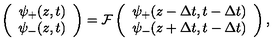
\left( \begin{array} { c } { \psi _ { + } ( z , t ) } \\ { \psi _ { - } ( z , t ) } \\ \end{array} \right) = \mathcal { F } \left( \begin{array} { c } { \psi _ { + } ( z - \Delta t , t - \Delta t ) } \\ { \psi _ { - } ( z + \Delta t , t - \Delta t ) } \\ \end{array} \right) ,